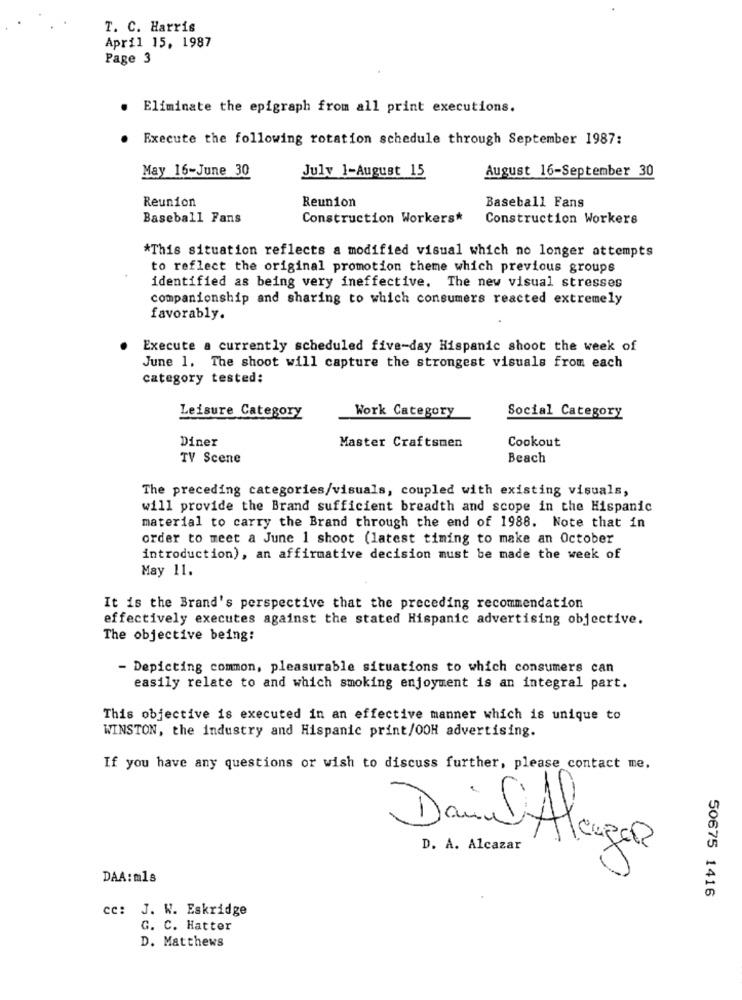
T. C. Harris
April 15, 1987
Page 3
. Eliminate the epigraph from all print executions.
Execute the following rotation schedule through September 1987:
May 16-June 30
July 1-August 15
August 16-September 30
Reunion
Reunion
Baseball Fans
Baseball Fans
Construction Workers*
Construction Workers
*This situation reflects a modified visual which no longer attempts
to reflect the original promotion theme which previous groups
identified as being very ineffective. The new visual stresses
companionship and sharing to which consumers reacted extremely
favorably.
Execute a currently scheduled five-day Hispanic shoot the week of
June 1. The shoot will capture the strongest visuals from each
category tested:
Work Category
Leisure Category
Social Category
Diner
Cookout
Master Craftsmen
TV Scene
Beach
The preceding categories/visuals, coupled with existing visuals,
will provide the Brand sufficient breadth and scope in the Hispanic
material to carry the Brand through the end of 1988. Note that in
order to meet a June 1 shoot (latest timing to make an October
introduction), an affirmative decision must be made the week of
May 11.
It is the Brand's perspective that the preceding recommendation
effectively executes against the stated Hispanic advertising objective.
The objective being:
Depicting common, pleasurable situations to which consumers can
easily relate to and which smoking enjoyment is an integral part.
This objective is executed in an effective manner which is unique to
WINSTON, the industry and Hispanic print/OOH advertising.
If you have any questions or wish to discuss further, please contact me.
Dain Alcazar
D. A. Alcazar
DAA:mls
50675 1416
cc: J. W. Eskridge
G. C. Hatter
D. Matthews